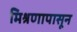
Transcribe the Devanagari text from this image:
मिश्रणापासून